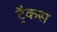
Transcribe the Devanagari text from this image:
ट्रैकस